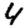
Digit: 4